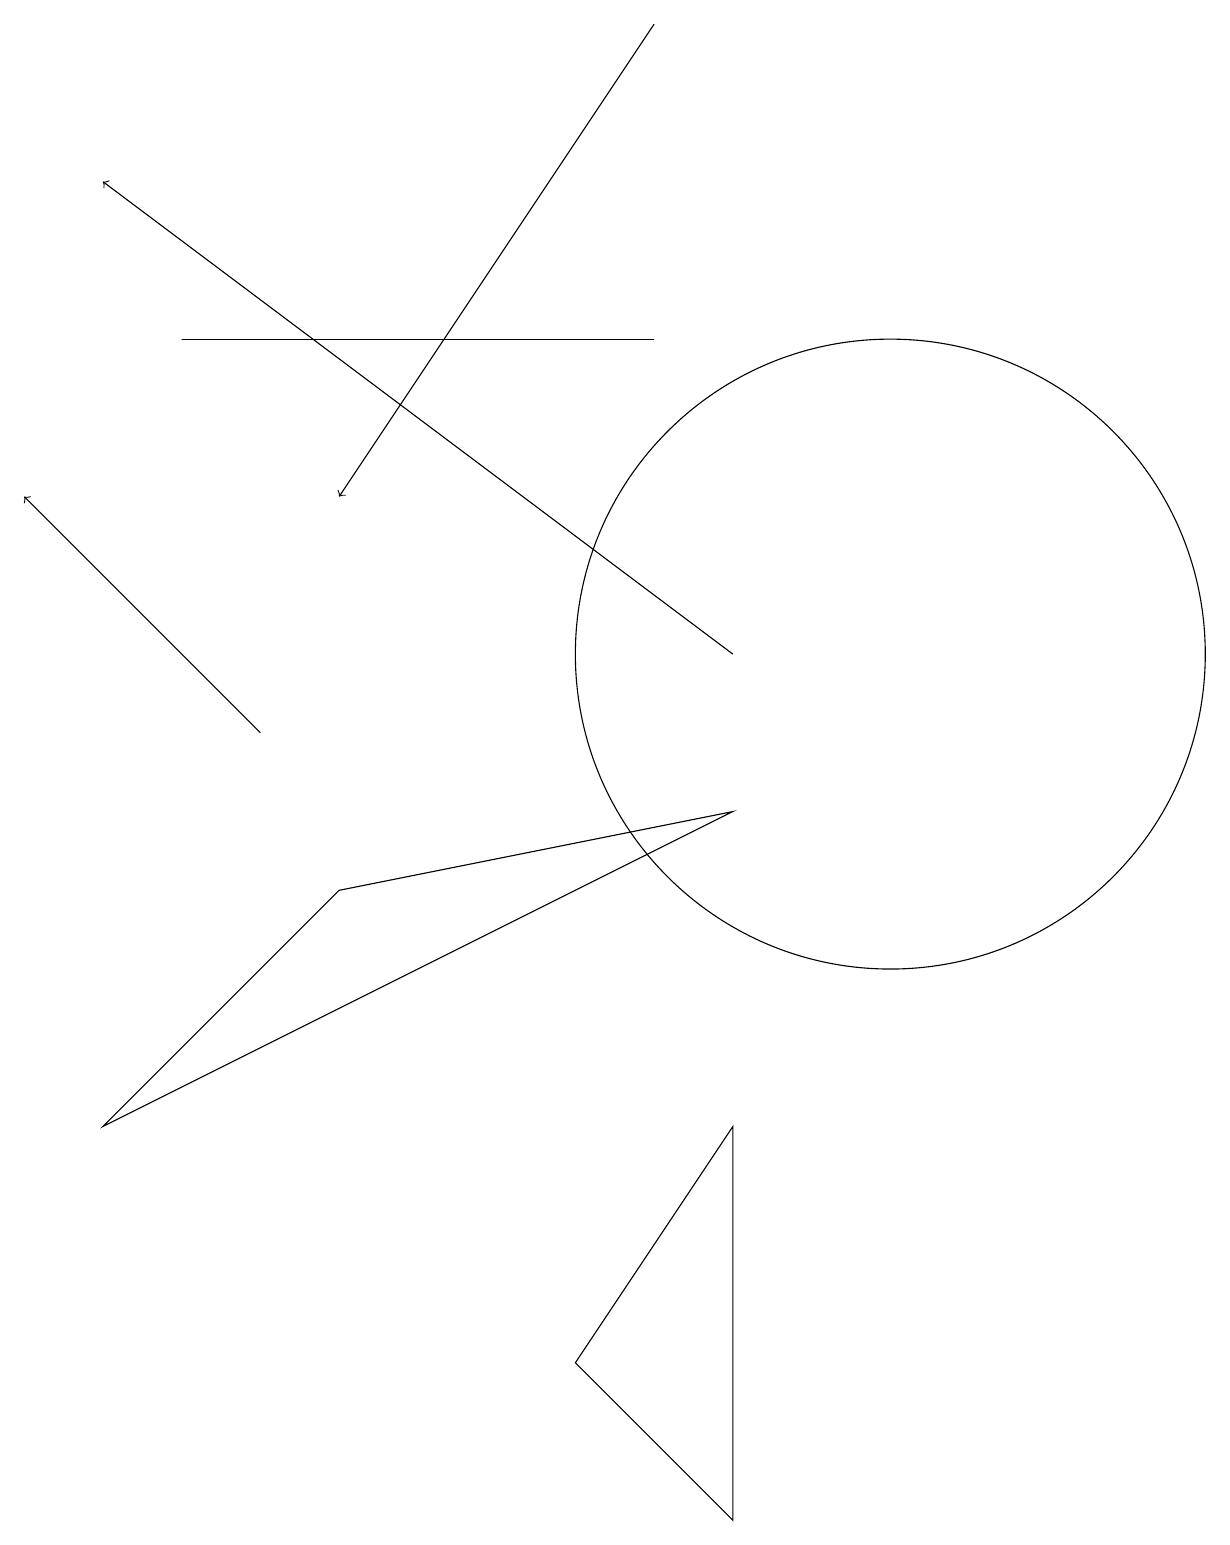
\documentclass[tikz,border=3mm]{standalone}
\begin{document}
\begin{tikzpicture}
\draw (8,15) rectangle (2,15);
\draw (11,11) circle (4);
\draw (1,5) -- (9,9) -- (4,8) -- cycle;
\draw[->] (9,11) -- (1,17);
\draw[->] (3,10) -- (0,13);
\draw (7,2) -- (9,5) -- (9,0) -- cycle;
\draw[->] (8,19) -- (4,13);
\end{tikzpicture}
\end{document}